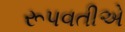
રૂપવતીએ